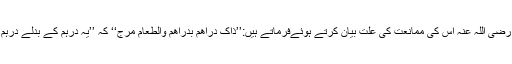
 اس کے علاوہ اس میں سود کی مشابہت بھی پائی جاتی ہے ،جیساکہ سیدنا ابنِ عبّاس رضی اللہ عنہ اس کی ممانعت کی علّت بیان کرتے ہوئےفرماتے ہیں:’’ذاک دراهم بدراهم والطّعام مرج‘‘ کہ ’’یہ درہم کے بدلے درہم کا لین دین ہے جبکہ(خریدا ہوابغیر قبضہ میں لیا)غلہ وہیں اپنی جگہ موجود ہے‘‘۔